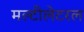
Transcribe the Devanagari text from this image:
मल्टीलेटरल